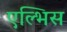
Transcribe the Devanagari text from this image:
एल्भिस